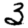
Digit: 3